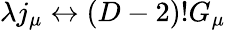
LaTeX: \lambda j_{\mu}\leftrightarrow(D-2)!G_{\mu}